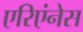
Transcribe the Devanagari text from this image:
एरिएंनेस